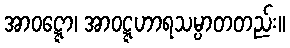
အာဝဋ္ဋော၊ အာဝဋ္ဋဟာရသမ္ပာတတည်း။